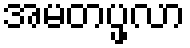
အမတပ္ဖလာ